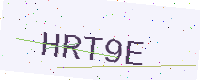
Text: HRT9E